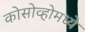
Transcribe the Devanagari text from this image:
कोसोव्होमध्ये